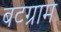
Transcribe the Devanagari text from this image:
बटग्राम